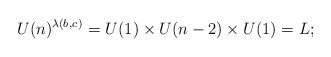
LaTeX: \begin{align*}U(n)^{\lambda(b_{},c_{})} = U(1)\times U(n-2) \times U(1) =_{} L;\end{align*}